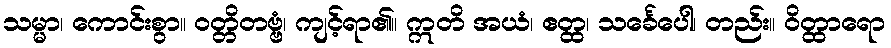
သမ္မာ၊ ကောင်းစွာ။ ဝတ္တိတဗ္ဗံ၊ ကျင့်ရာ၏။ ဣတိ အယံ၊ ဧတ္ထ၊ သင်္ခေပေါ၊ တည်း။ ဝိတ္ထာရော